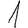
Digit: 1